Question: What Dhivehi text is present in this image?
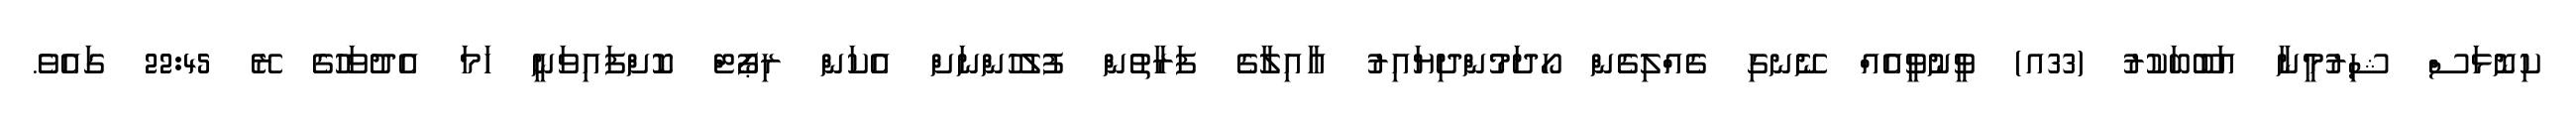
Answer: ކިނޮޅަސް ޝިރުމީނާ އަބޫބަކުރު (33އ) ވީނުވީއެއް ނޭނގި ގެއްލިގެން ހޯދަމުންދިޔައިރު އާއިލާގެ ފަރާތުން ފުލުހުންނަށް އެކަން ރިޕޯޓް ކޮށްފައިވަނީ ހަމަ އެދުވަހުގެ ރޭ 22:45 ގައެވެ.